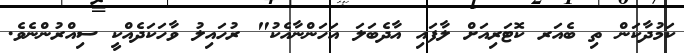
ކަމުދާކަން ތި ބެއަރ ކޮޓަރިއަށް ލާފައި އާދެބަލަ އަހަންނާއެކު" ރުހައިލު ވާހަކަދެއްކީ ސިއްރުންނެވެ.